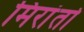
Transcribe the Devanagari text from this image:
मिरांतो